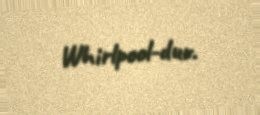
Whirlpool-dur.